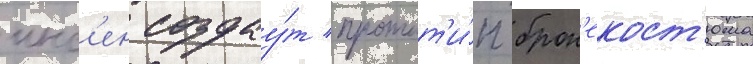
инс'ен создау́т протот'и́п брон'екост'юма